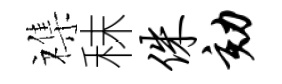
襍秣侏劾